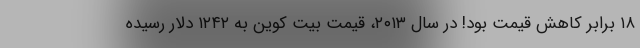
۱۸ برابر کاهش قیمت بود! در سال ۲۰۱۳، قیمت بیت کوین به ۱۲۴۲ دلار رسیده